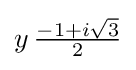
y\,{\tfrac {-1+i{\sqrt {3}}}{2}}